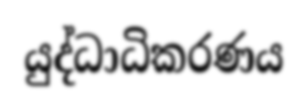
යුද්ධාධිකරණය